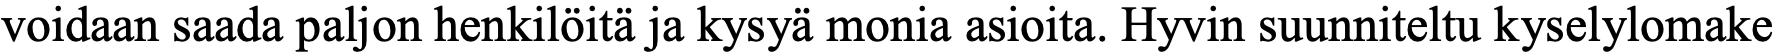
voidaan saada paljon henkilöitä ja kysyä monia asioita. Hyvin suunniteltu kyselylomake